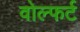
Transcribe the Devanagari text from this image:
वोल्फर्ट